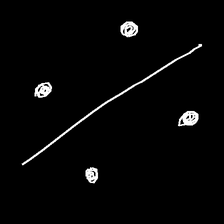
Glyph: cool